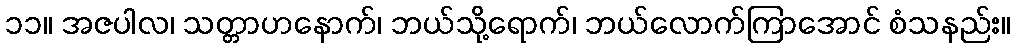
၁၁။ အဇပါလ၊ သတ္တာဟနောက်၊ ဘယ်သို့ရောက်၊ ဘယ်လောက်ကြာအောင် စံသနည်း။